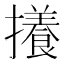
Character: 攁